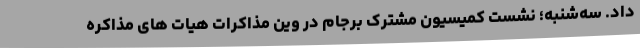
داد. سه‌شنبه؛ نشست کمیسیون مشترک برجام در وین مذاکرات هیات های مذاکره